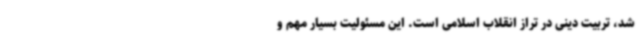
شد، تربیت دینی در تراز انقلاب اسلامی است. این مسئولیت بسیار مهم و